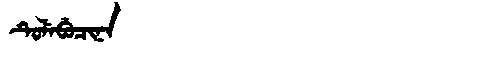
Manchu: ᡨᡠᠯᡝᠪᡠᠴᡳᠨᠠ
Romanization: TULEBUCINA